system: You are a helpful assistant.
user:
Analyze the provided spectrum to determine if it is a **S-type Star**.

- **Key Indicators for S-type Star:**

    - **(Overall Spectrum Shape):** The first and most obvious characteristic is the overall continuum (the "baseline" shape). It is **extremely "red-sloping,"** meaning the flux (light intensity) is very low on the left side (blue, ~4000-4500 Å) and rises steeply and continuously toward the right side (red, ~7000 Å+).

    - **(Primary):** The spectrum is defined by the presence of strong, broad molecular absorption "valleys" (bands) from **Zirconium Oxide (ZrO)**. The identification of these bands is the **primary requirement** for classifying a star as S-type.
        - **(Key Bandheads):** You must find distinct, deep "dips" where the light has been absorbed. The most critical band systems to locate are:
            - **~6474 Å** ($\gamma$-system): This is often the strongest and clearest ZrO feature, found in the red part of the spectrum.
            - **~5718 Å** & **~5551 Å** ($\beta$-system): A pair of prominent absorption features in the yellow-orange part of the spectrum.
            - **~4640 Å** ($\alpha$-system): A key absorption band system in the blue-green region of the spectrum.

    - **(Secondary Confirmation):** The classification is strengthened by finding additional absorption bands from other related heavy element oxides, which are expected to be present alongside ZrO.
        - **(Key Bandheads):**
            - **Yttrium Oxide (YO):** Look for absorption dips near **~4800 Å** and **~6100 Å**.
            - **Lanthanum Oxide (LaO):** Additional absorption features, particularly in the red-orange part of the spectrum, are also characteristic.

    - **(Line Profile):** The combination of the steep red continuum and these numerous, deep molecular bands (ZrO, YO, etc.) gives the entire spectrum a very **"chopped-up"** or **"bumpy"** appearance. Instead of a smooth curve, the spectrum looks as though large, wide chunks of light have been "carved out" of it at the specific wavelengths listed above.

Think first, call **spectral_visualization_tool** if needed to examine features in detail, then provide your final answer. Your response must adhere to the following strict rules:
1.  **Overall Structure:** Your response must follow the format `<think>...</think> <tool_call>...</tool_call> (if a tool is used) <answer>...</answer>`.
2.  **Tool Usage Constraint:** You may only make **one** tool call per turn.
3.  **Final Answer Format:** In the `<answer>` tag, your conclusion must be inside a `\boxed{}` command (e.g., `\boxed{YES}` or `\boxed{NO}`), followed by your justification.

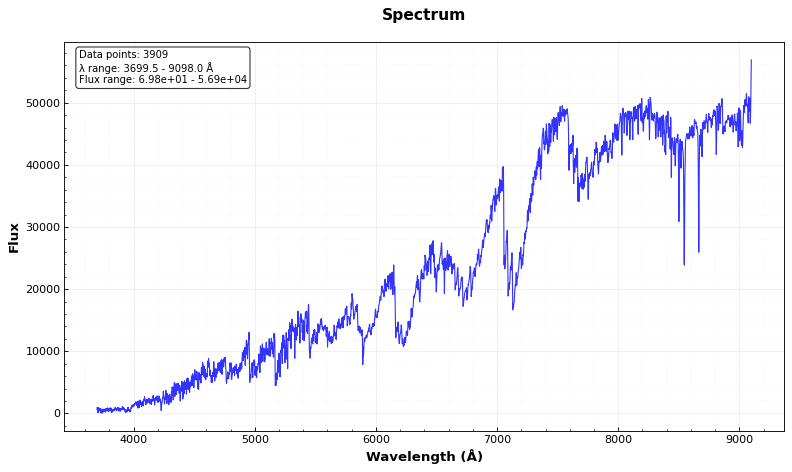
Answer: YES